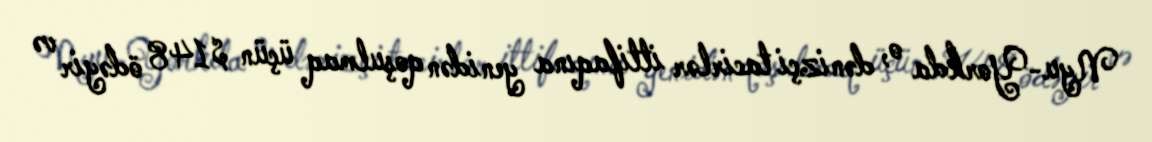
Nyu-Yorkda o, dənizçi tacirlər ittifaqına yenidən qoşulmaq üçün $148 ödəyir və